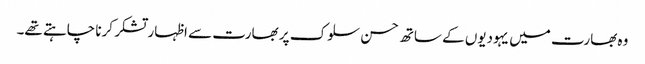
وہ بھارت میں یہودیوں کے ساتھ حسن سلوک پر بھارت سے اظہار تشکر کرنا چاہتے تھے۔